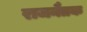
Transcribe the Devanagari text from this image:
राजनैतक